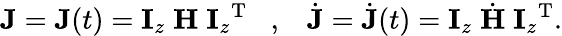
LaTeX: {\mathbf J}={\mathbf J}(t)={\mathbf I}_{z}\; {\mathbf H}\; {{\mathbf I}_{z}}^{{\mathrm T}}\; \; \; ,\; \; \; \dot{{\mathbf J}}=\dot{{\mathbf J}}(t)={\mathbf I}_{z}\; \dot{{\mathbf H}}\; {{\mathbf I}_{z}}^{{\mathrm T}}.